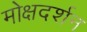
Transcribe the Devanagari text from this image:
मोक्षदर्शन